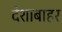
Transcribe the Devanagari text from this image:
देशाबाहर